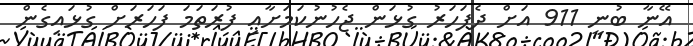
އޭނާ ބުނީ 911 އަށް ދެފަހަރު ގުޅަން ޖެހުނުކަމަށާއި ފުރަތަމަ ފަހަރަށް ގުޅައިގެން